Indian Medical Review
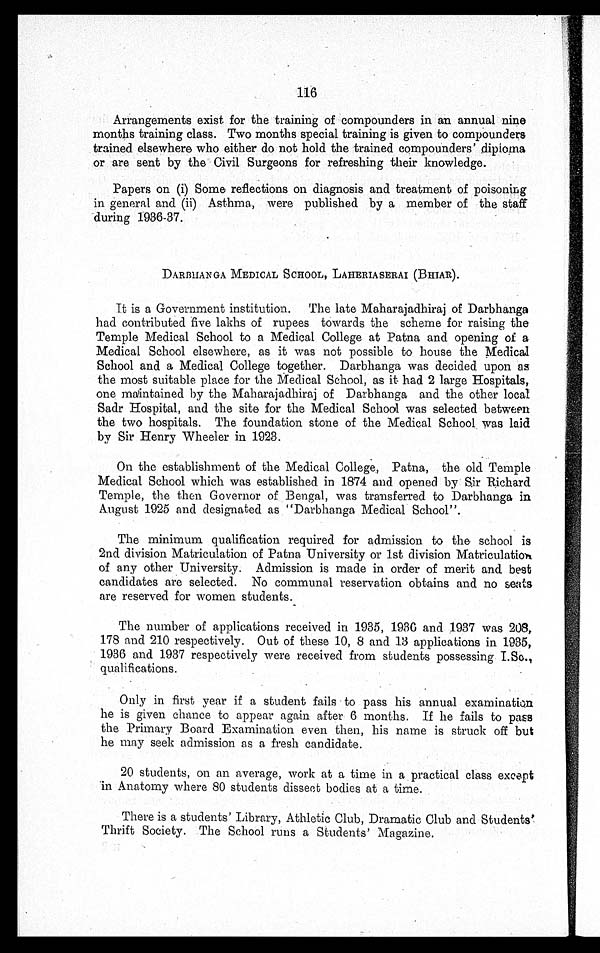
116
Arrangements exist for the training of compounders in an annual nine
months training class. Two months special training is given to compounders
trained elsewhere who either do not hold the trained compounders' diploma
or are sent by the Civil Surgeons for refreshing their knowledge.
Papers on (i) Some reflections on diagnosis and treatment of poisoning
in general and (ii) Asthma, were published by a member of the staff
during 1936-37.
DARBHANGA MEDICAL SCHOOL, LAHERIASERAI (BHIAR).
It is a Government institution. The late Maharajadhiraj of Darbhanga
had contributed five lakhs of rupees towards the scheme for raising the
Temple Medical School to a Medical College at Patna and opening of a
Medical School elsewhere, as it was not possible to house the Medical
School and a Medical College together. Darbhanga was decided upon as
the most suitable place for the Medical School, as it had 2 large Hospitals,
one maintained by the Maharajadhiraj of Darbhanga and the other local
Sadr Hospital, and the site for the Medical School was selected between
the two hospitals. The foundation stone of the Medical School was laid
by Sir Henry Wheeler in 1923.
On the establishment of the Medical College, Patna, the old Temple
Medical School which was established in 1874 and opened by Sir Richard
Temple, the then Governor of Bengal, was transferred to Darbhanga in
August 1925 and designated as "Darbhanga Medical School".
The minimum qualification required for admission to the school is
2nd division Matriculation of Patna University or 1st division Matriculation
of any other University. Admission is made in order of merit and best
candidates are selected. No communal reservation obtains and no seats
are reserved for women students.
The number of applications received in 1935, 1936 and .1937 was 208,
178 and 210 respectively. Out of these 10, 8 and 13 applications in 1935,
1936 and 1937 respectively were received from students possessing I.Sc.,
qualification.
Only in first year if a student fails to pass his annual examination
he is given chance to appear again after 6 months. If he fails to pass
the Primary Board Examination even then, his name is struck off but
he may seek admission as a fresh candidate.
20 students, on an average, work at a time in a practical class except
in Anatomy where 80 students dissect bodies at a time.
There is a students' Library, Athletic Club, Dramatic Club and Students'
Thrift Society. The School runs a Students' Magazine.